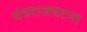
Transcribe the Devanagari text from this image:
यंत्रराजघटना